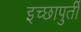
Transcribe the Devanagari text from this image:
इच्छापुर्ती